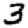
Digit: 3